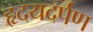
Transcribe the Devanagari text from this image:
हृदयदर्पण